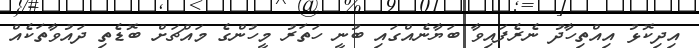
އިދިކޮޅު އިއްތިހާދު ނެރެފައިވާ ބަޔާނެއްގައި ބުނީ ހަތަރު މީހުންގެ މައްޗަށް ބޮޑެތި ދައުވާތަކެއް